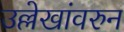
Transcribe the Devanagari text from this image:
उल्लेखांवरुन